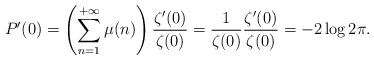
\begin{align*} P^\prime(0)=\left(\sum_{n=1}^{+\infty} \mu(n)\right)\frac{\zeta^\prime(0)}{\zeta(0)}=\frac{1}{\zeta(0)} \frac{\zeta^\prime(0)}{\zeta(0)}=-2\log2\pi.\end{align*}